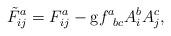
LaTeX: \begin{align*}\tilde{F}_{ij}^{a}=F_{ij}^{a}-\mathrm{g}f_{\;\;bc}^{a}A_{i}^{b}A_{j}^{c},\end{align*}